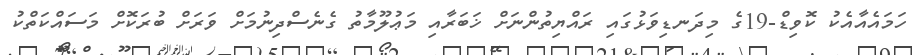
ހަމައެއާއެކު ކޮވިޑް-19ގެ މިދަނޑިވަޅުގައި ރައްޔިތުންނަށް ޚަބަރާއި މަޢުލޫމާތު ގެނެސްދިނުމަށް ވަރަށް ބުރަކޮށް މަސައްކަތްކު